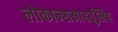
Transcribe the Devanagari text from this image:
लोकान्समाहर्तुमिह